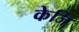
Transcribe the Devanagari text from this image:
केजि